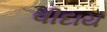
વીદાય